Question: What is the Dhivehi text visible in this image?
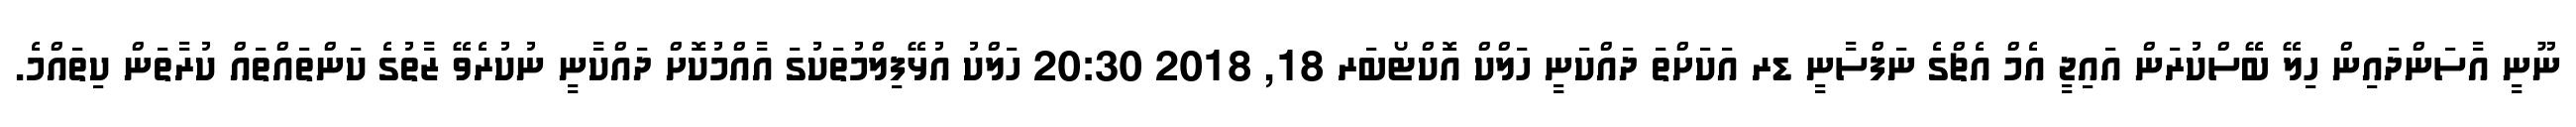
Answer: ނޫނީ އާސަންދައިން ހިލޭ ބޭސްކުރަން އައިޖީ އެމް އެޗްގެ ނަފްސާނީ ޑރ އަކަށްތަ ދައްކަނީ ހަލްކް އޮކްޓޯބަރ 18, 2018 20:30 ހަލްކު އުޅޭފިލްމުތަކުގަ އާއްމުކޮށް ދައްކާނީ ނުކުރެވޭ ޒާތުގެ ކަންތައްތައް ކުރާތަން ކިތައްމެ.